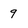
Character: 9